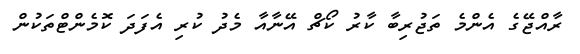
ރާއްޖޭގެ އެންމެ ތަޖުރިބާ ކާރު ކޯޗް އޭނާއާ މެދު ކުރި އެފަދަ ކޮމެންޓްތަކުން